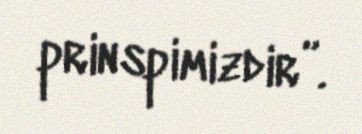
prinspimizdir”.